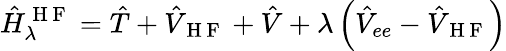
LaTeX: \hat{H}_{\lambda}^{\mathrm{~H~F~}}=\hat{T}+\hat{V}_{\mathrm{~H~F~}}+\hat{V}+\lambda\left(\hat{V}_{ee}-\hat{V}_{\mathrm{~H~F~}}\right)